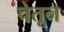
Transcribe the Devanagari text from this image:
चेतून